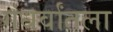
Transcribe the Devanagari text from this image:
गंधर्वांतला